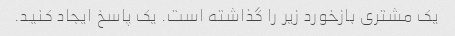
یک مشتری بازخورد زیر را گذاشته است. یک پاسخ ایجاد کنید.